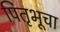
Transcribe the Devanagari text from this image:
पितृभूचा